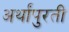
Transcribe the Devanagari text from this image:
अर्थांपुरती